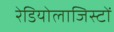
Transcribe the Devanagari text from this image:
रेडियोलाजिस्टों